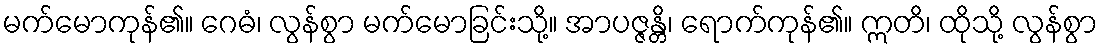
မက်မောကုန်၏။ ဂေဓံ၊ လွန်စွာ မက်မောခြင်းသို့။ အာပဇ္ဇန္တိ၊ ရောက်ကုန်၏။ ဣတိ၊ ထိုသို့ လွန်စွာ